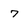
Character: 7